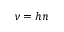
\nu = h n